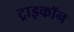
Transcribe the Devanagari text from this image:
ट्राइकॉन